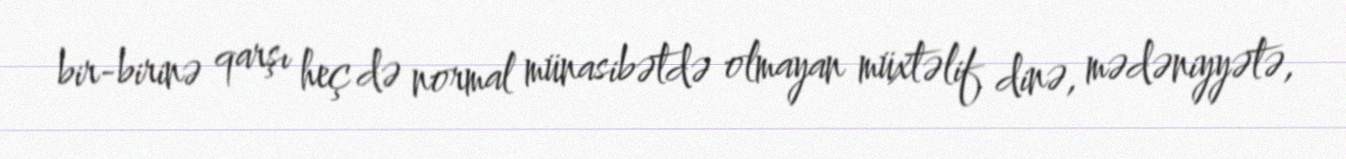
bir-birinə qarşı heç də normal münasibətdə olmayan müxtəlif dinə, mədəniyyətə,